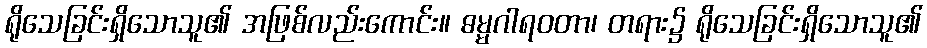
ရိုသေခြင်းရှိသောသူ၏ အဖြစ်လည်းကောင်း။ ဓမ္မဂါရဝတာ၊ တရား၌ ရိုသေခြင်းရှိသောသူ၏